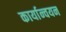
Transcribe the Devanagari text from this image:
कार्यान्‍वयन